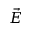
\vec { E }